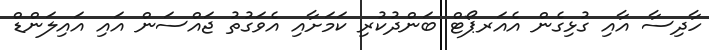
ހާދިސާ އާއި ގުޅިގެން އެއަރޕޯޓް ބަންދުކުރި ކަމަށާއި އެވަގުތު ޖައްސަން އައި އައިލަންޑް